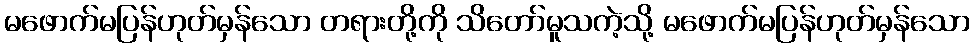
မဖောက်မပြန်ဟုတ်မှန်သော တရားတို့ကို သိတော်မူသကဲ့သို့ မဖောက်မပြန်ဟုတ်မှန်သော